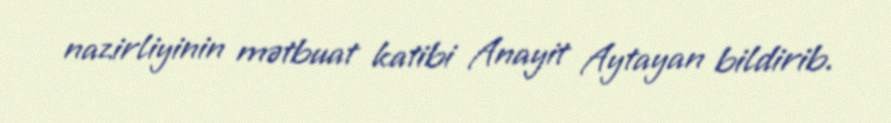
nazirliyinin mətbuat katibi Anayit Aytayan bildirib.